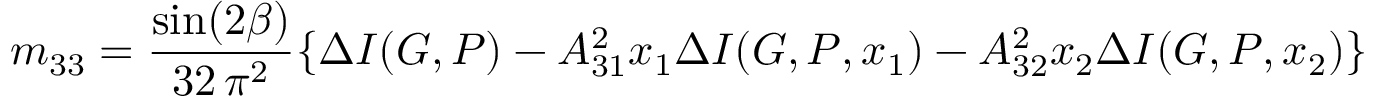
m _ { 3 3 } = \frac { \sin ( 2 \beta ) } { 3 2 \, \pi ^ { 2 } } \{ \Delta I ( G , P ) - A _ { 3 1 } ^ { 2 } x _ { 1 } \Delta I ( G , P , x _ { 1 } ) - A _ { 3 2 } ^ { 2 } x _ { 2 } \Delta I ( G , P , x _ { 2 } ) \}